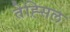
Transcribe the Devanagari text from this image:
तेह्सिल